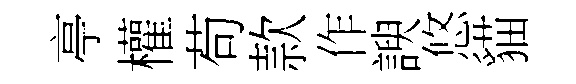
亭權苟款作諛悠貓